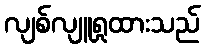
လျစ်လျူရှုထားသည်